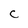
Character: c